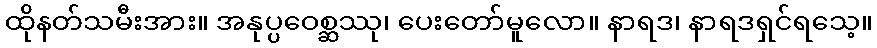
ထိုနတ်သမီးအား။ အနုပ္ပဝေစ္ဆဿု၊ ပေးတော်မူလော။ နာရဒ၊ နာရဒရှင်ရသေ့။